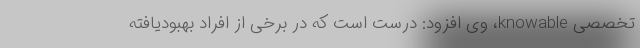
تخصصی knowable، وی افزود: درست است که در برخی از افراد بهبودیافته